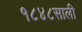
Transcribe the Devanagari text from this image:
१८४८साली